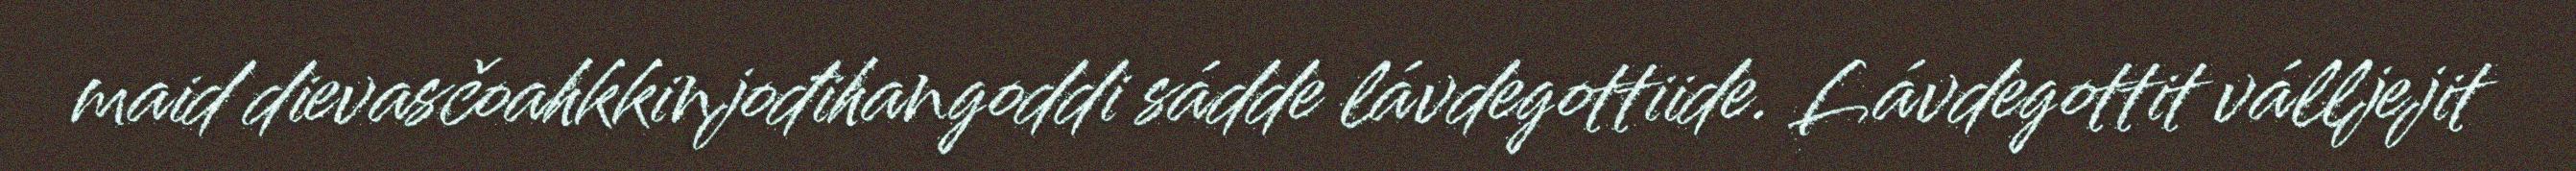
maid dievasčoahkkinjođihangoddi sádde lávdegottiide. Lávdegottit válljejit